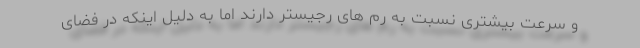
و سرعت بیشتری نسبت به رم های رجیستر دارند اما به دلیل اینکه در فضای